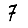
Digit: 7